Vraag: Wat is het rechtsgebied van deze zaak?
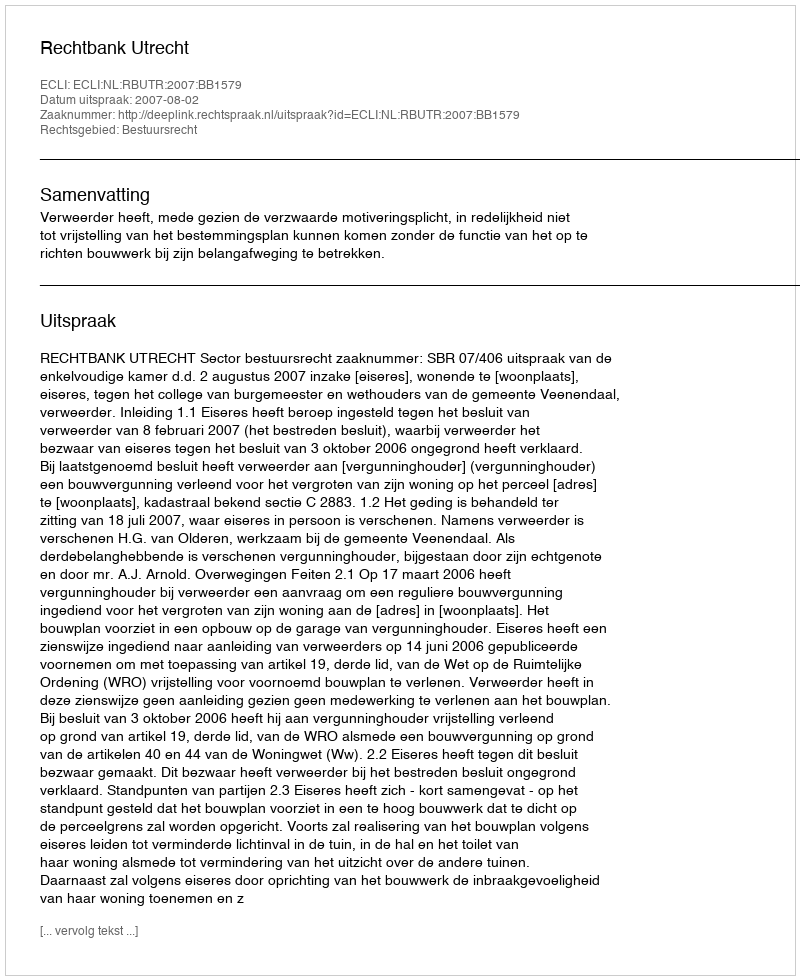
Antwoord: Bestuursrecht